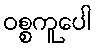
ဝစ္စကူပေါ